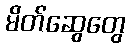
မိတ်ဆွေတွေ